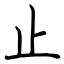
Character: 止